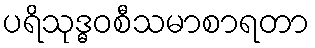
ပရိသုဒ္ဓဝစီသမာစာရတာ